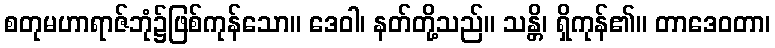
စတုမဟာရာဇ်ဘုံ၌ဖြစ်ကုန်သော။ ဒေဝါ၊ နတ်တို့သည်။ သန္တိ၊ ရှိကုန်၏။ တာဒေဝတာ၊